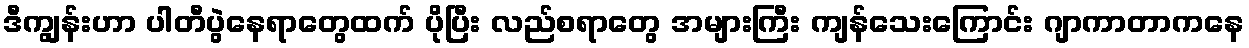
ဒီကျွန်းဟာ ပါတီပွဲနေရာတွေထက် ပိုပြီး လည်စရာတွေ အများကြီး ကျန်သေးကြောင်း ဂျာကာတာကနေ